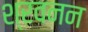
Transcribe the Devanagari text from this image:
श्रवनन